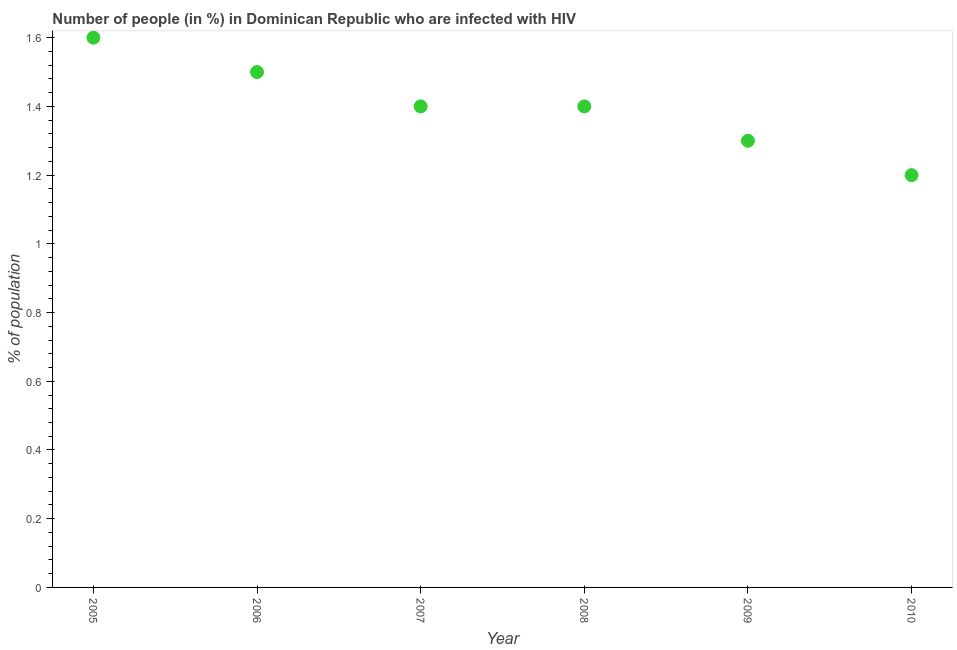
| Year | Infected with HIV |
 | --- | --- |
 | 2005 | 1.6 |
 | 2006 | 1.5 |
 | 2007 | 1.4 |
 | 2008 | 1.4 |
 | 2009 | 1.3 |
 | 2010 | 1.2 |